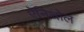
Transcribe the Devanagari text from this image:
ऐनिथोल